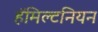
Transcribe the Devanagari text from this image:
हॅमिल्टनियन